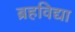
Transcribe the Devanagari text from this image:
ब्रहविद्या